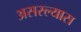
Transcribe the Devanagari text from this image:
असस्ल्यास